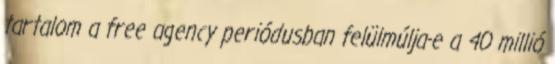
tartalom a free agency periódusban felülmúlja-e a 40 millió